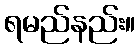
ရမည်နည်း။